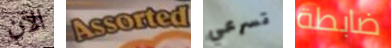
الآن Assorted تسرعي ضابطة